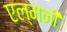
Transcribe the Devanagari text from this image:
एल्मनी